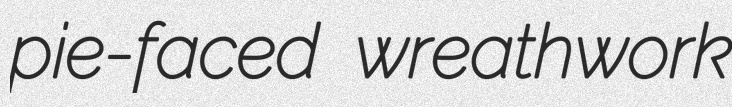
pie-faced wreathwork